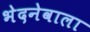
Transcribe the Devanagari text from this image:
भेदनेवाला